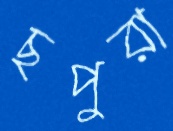
ছপুরা